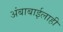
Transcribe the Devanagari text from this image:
अंबाबाईलाही